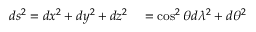
\begin{array} { r l } { d s ^ { 2 } = d x ^ { 2 } + d y ^ { 2 } + d z ^ { 2 } } & { { } = \cos ^ { 2 } \theta d \lambda ^ { 2 } + d \theta ^ { 2 } } \end{array}